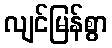
လျင်မြန်စွာ